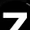
Digit: 7